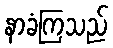
နာခံကြသည်